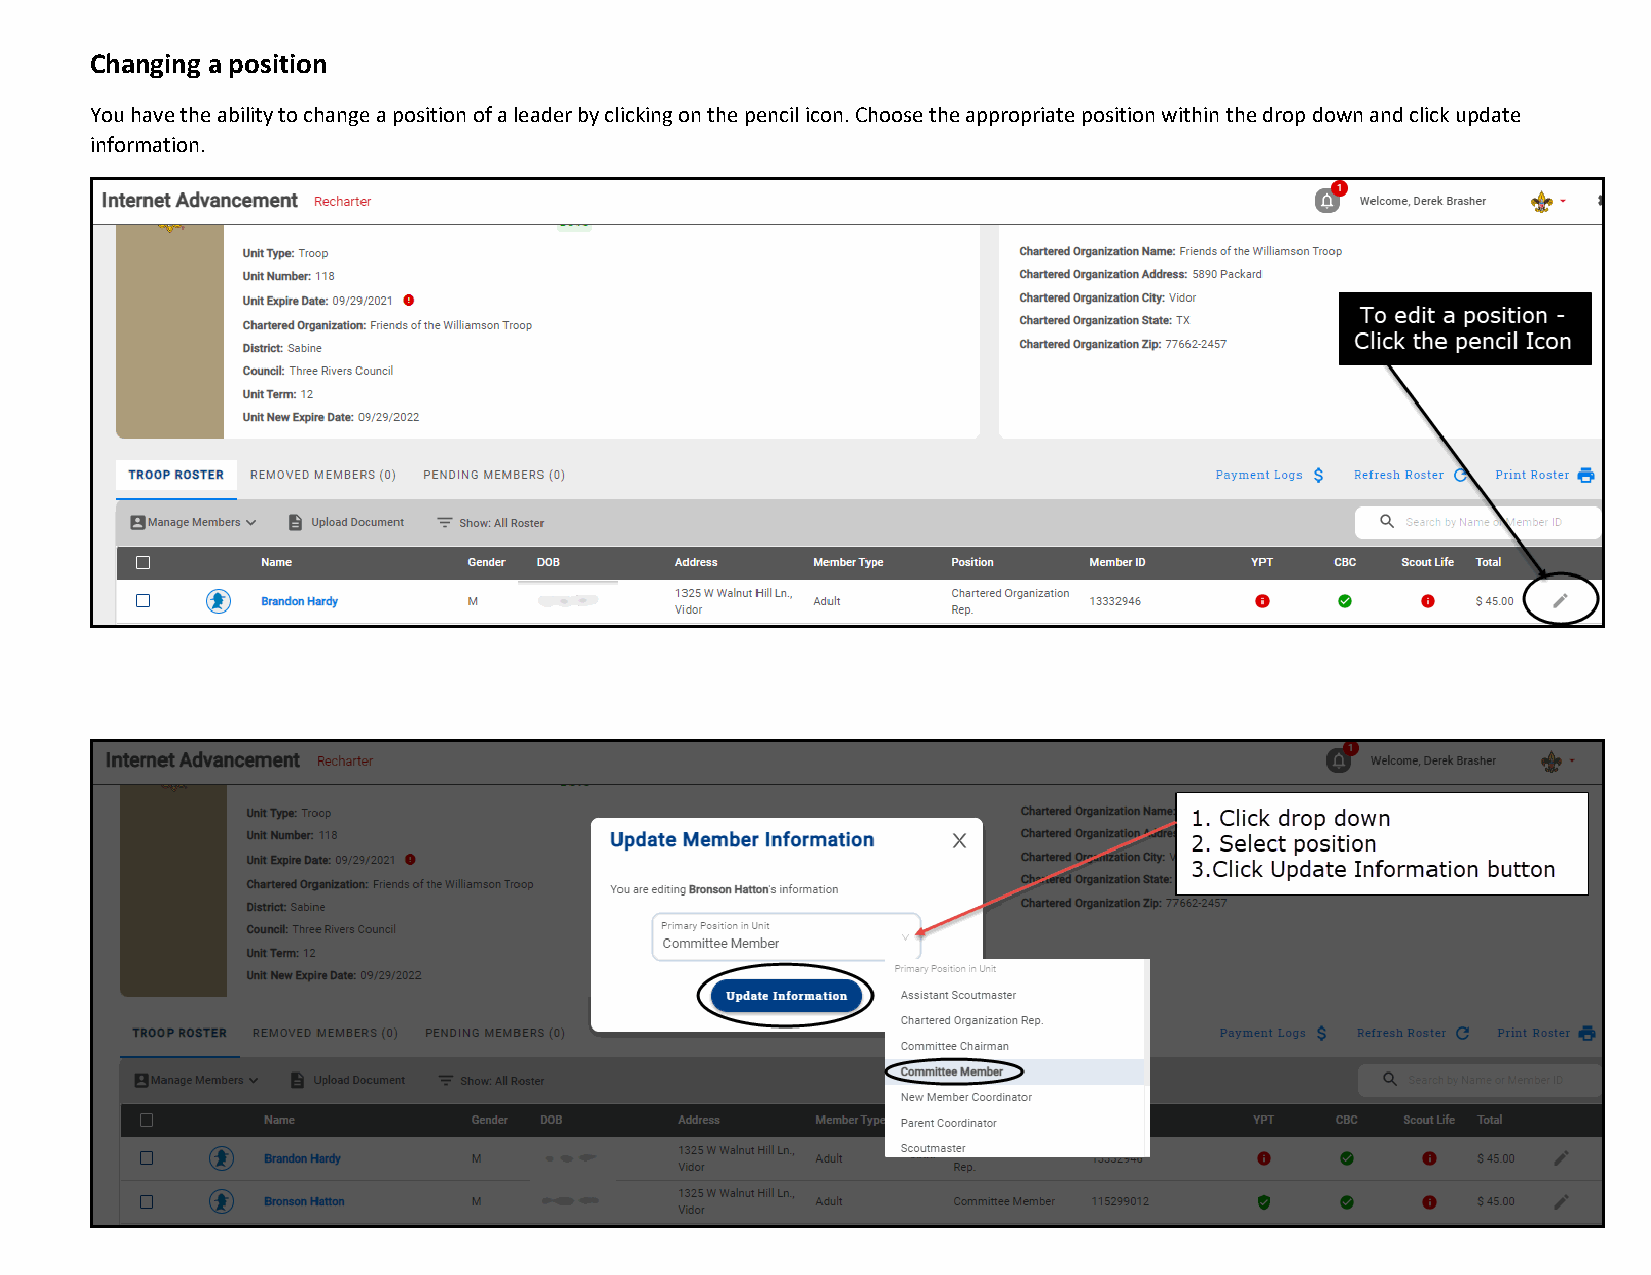
Changing a position
 You have the ability to change a position of a leader by clicking on the pencil icon. Choose the appropriate position within the drop down and click update
 information.